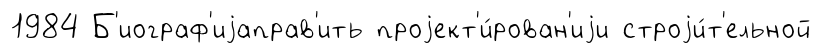
1984 Б'иограф'иjаправ'ить проjект'и́рован'иjи строjи́т'ельной